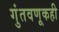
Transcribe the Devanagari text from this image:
गुंतवणूकही